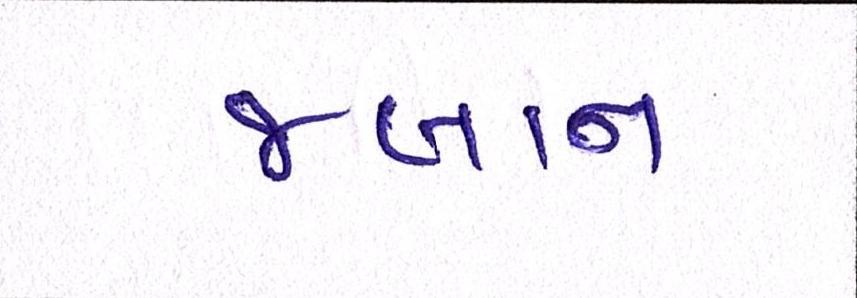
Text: જબાન